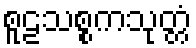
စူဠသစ္စကသုတ္တံ